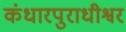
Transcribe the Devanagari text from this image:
कंधारपुराधीश्वर